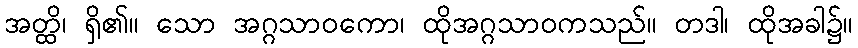
အတ္ထိ၊ ရှိ၏။ သော အဂ္ဂသာဝကော၊ ထိုအဂ္ဂသာဝကသည်။ တဒါ၊ ထိုအခါ၌။